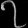
Digit: ၇